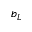
b _ { L }